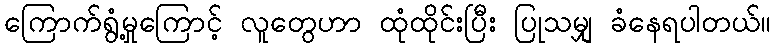
ကြောက်ရွံ့မှုကြောင့် လူတွေဟာ ထုံထိုင်းပြီး ပြုသမျှ ခံနေရပါတယ်။